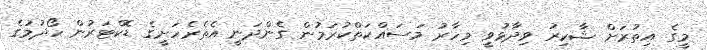
މީގެ އިތުރަށް ޝާކިރު ވިދާޅުވީ މިހާރު މަސައްކަތްކުރަމުން ގެންދަނީ އެތެރެހަށީގެ ޑޮކްޓަރުން ހޯދުމުގެ